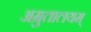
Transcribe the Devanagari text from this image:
अम्रुतालयम्